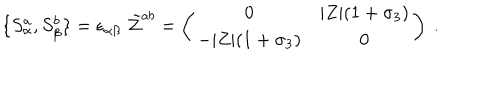
LaTeX: \{ S _ { \alpha } ^ { a } , S _ { \beta } ^ { b } \} = \epsilon _ { \alpha \beta } \; \tilde { \cal Z } ^ { a b } = \left( \begin{matrix} { { 0 } } & { { | Z | ( 1 + \sigma _ { 3 } ) } } \\ { { - | Z | ( 1 + \sigma _ { 3 } ) } } & { { 0 } } \\ \end{matrix} \right) \ .